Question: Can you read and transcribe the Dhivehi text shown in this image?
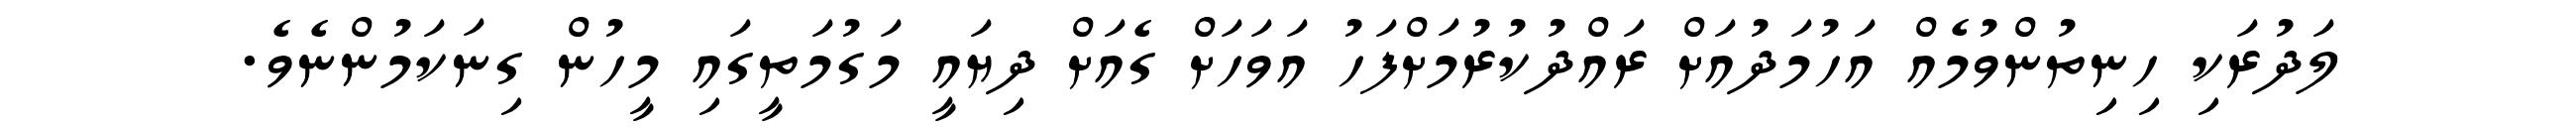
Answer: ލަދުރަކި ހިނިތުންވުމެއް އަހުމަދުއަށް ރައްދުކުރުމަށްފަހު އަވަހަށް ގެއަށް ދިޔައީ މަގުމަތީގައި މީހުން ގިނަކަމުންނެވެ.